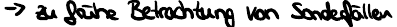
-> zu frühe Betrachtung von Sonderfällen